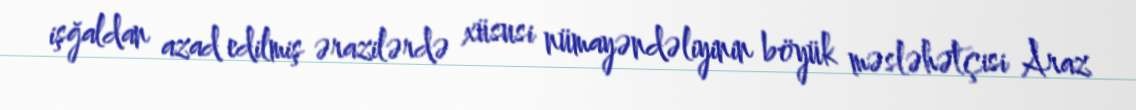
işğaldan azad edilmiş ərazilərdə xüsusi nümayəndəliyinin böyük məsləhətçisi Araz